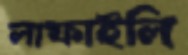
লাফাইলি